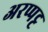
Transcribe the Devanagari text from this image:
अरप्पट्ट